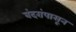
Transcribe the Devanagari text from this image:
बंदरांपासून